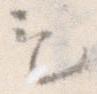
も